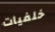
خلفيات